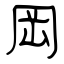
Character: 岡